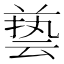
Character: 兿